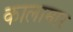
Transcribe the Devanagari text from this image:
कालामार